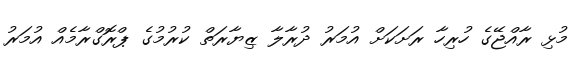
މުޅި ރާއްޖޭގެ ހުރިހާ ރަށަކަށް އުމަރު ދުރާލާ ޒިޔާރަތް ކުރުމުގެ ޕްރޮގްރާމެއް އުމަރު